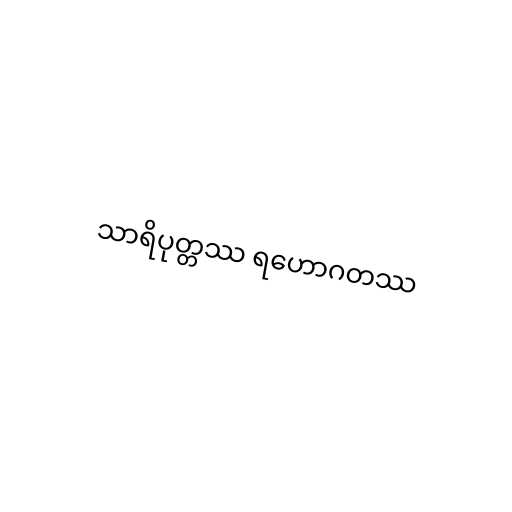
သာရိပုတ္တဿ ရဟောဂတဿ